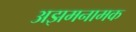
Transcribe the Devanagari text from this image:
अझमनामक